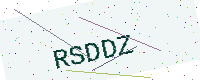
Text: RSDDZ